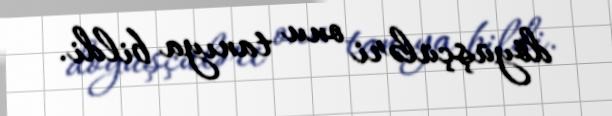
döyüşçüləri onu tanıya bildi.